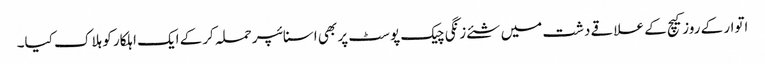
اتوار کے روزکیچ کے علاقے دشت میں شئے زنگی چیک پوسٹ پر بھی اسنائپر حملہ کرکے ایک اہلکار کو ہلاک کیا۔